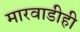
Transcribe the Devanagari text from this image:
मारवाडीही